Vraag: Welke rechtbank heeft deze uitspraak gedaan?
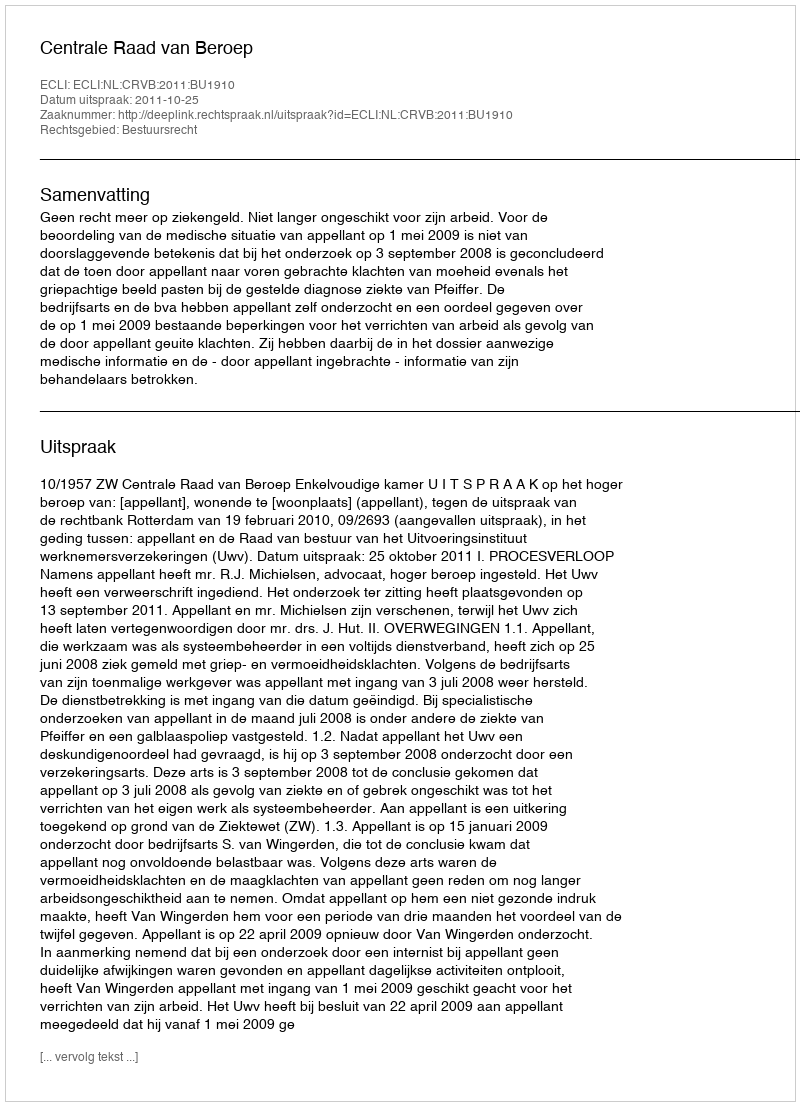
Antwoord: Centrale Raad van Beroep